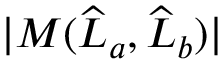
| M ( \widehat { L } _ { a } , \widehat { L } _ { b } ) |